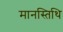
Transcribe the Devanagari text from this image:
मानस्तिथि